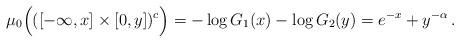
LaTeX: \begin{align*}\mu_0\Big(([-\infty,x]\times[0,y])^c\Big)=-\log{G_1(x)}-\log{G_2(y)}=e^{-x}+y^{-\alpha} \,.\end{align*}